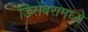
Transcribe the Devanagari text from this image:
डिसेंबरामध्ये